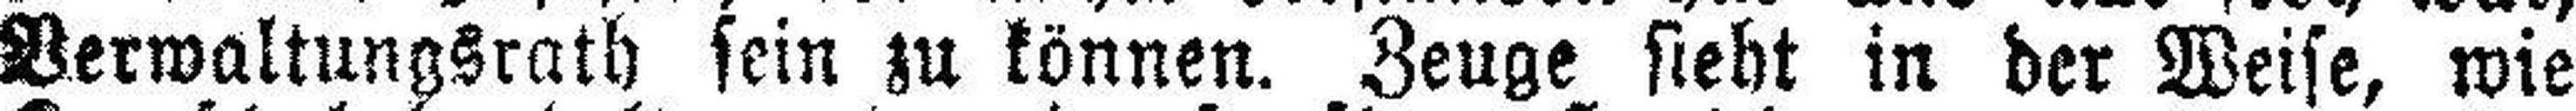
Verwaltungsrath sein zu können. Zeuge sieht in der Weise, wie